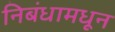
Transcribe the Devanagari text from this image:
निबंधामधून